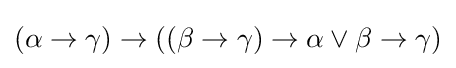
(\alpha \to \gamma )\to ((\beta \to \gamma )\to \alpha \vee \beta \to \gamma )